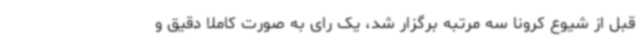
قبل از شیوع کرونا سه مرتبه برگزار شد، یک رای به صورت کاملاً دقیق و